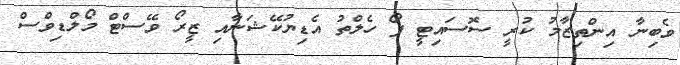
ވެބިނާ އިންތިޒާމު ކުރީ ސޮސައިޓީ ފޯ ހެލްތު އެޑިޔުކޭޝަނާއި ޒީރޯ ވޭސްޓް މޯލްޑިވްސް